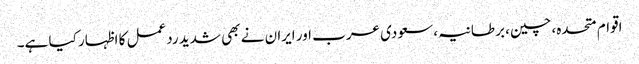
اقوام متحدہ، چین، برطانیہ، سعودی عرب اور ایران نے بھی شدید ردعمل کا اظہار کیا ہے۔